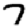
Digit: 7